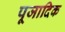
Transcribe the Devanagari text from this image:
पूजादिक